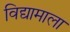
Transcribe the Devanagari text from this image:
विद्यामाला